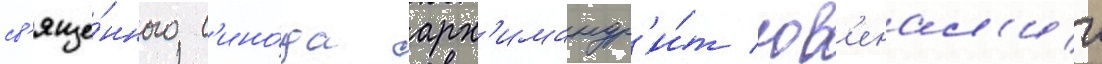
св'яще́нного с'ино́да арх'имандр'и́т юв'енал'ии